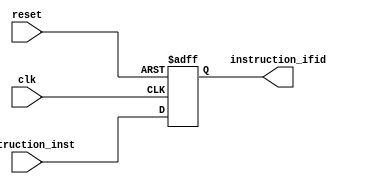
`timescale 1ns / 1ps
//////////////////////////////////////////////////////////////////////////////////
// Company: 
// Engineer: 
// 
// Design Name: 
// Module Name:    IFIDreg 
// Project Name: 
// Target Devices: 
// Tool versions: 
// Description: 
//
// Dependencies: 
//
// Revision: 
// Revision 0.01 - File Created
// Additional Comments: 
//
//////////////////////////////////////////////////////////////////////////////////
module IFIDreg(
	input [31:0] instruction_inst,
	input clk,
	input reset,
	output reg [31:0] instruction_ifid
);

always@(posedge clk, negedge reset)
	begin
	if(reset == 0)
	begin
		instruction_ifid = 32'b0;
	end
	else begin
		instruction_ifid = instruction_inst;
	end
	end
endmodule